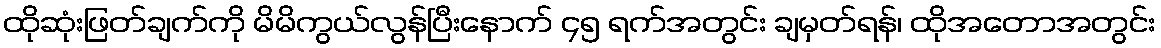
ထိုဆုံးဖြတ်ချက်ကို မိမိကွယ်လွန်ပြီးနောက် ၄၅ ရက်အတွင်း ချမှတ်ရန်၊ ထိုအတောအတွင်း